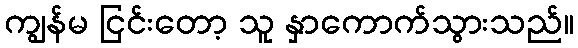
ကျွန်မ ငြင်းတော့ သူ နှာကောက်သွားသည်။